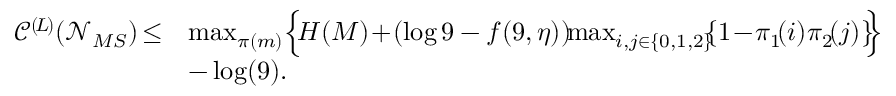
\begin{array} { r l } { \mathscr { C } ^ { ( \! L \! ) } ( \mathcal { N } _ { M S } ) \! \leq } & { \operatorname* { m a x } _ { \pi ( m ) } \Bigl \{ \! H ( M ) \! + \! ( \log 9 - f ( 9 , \eta ) ) \! \! \operatorname* { m a x } _ { i , j \in \{ 0 , 1 , 2 \} } \! \! \{ 1 \! - \! \pi _ { 1 } \! ( i ) \pi _ { 2 } \! ( j ) \} \! \! \Bigr \} } \\ & { - \log ( 9 ) . } \end{array}